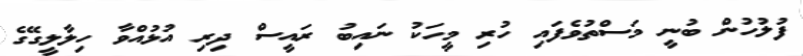
ފުލުހުން ބުނީ މަސްތުވެފައި ހުރި މީހަކު ނައިބު ރައީސް ދިރި އުޅުއްވާ ހިލާލީގޭގެ